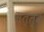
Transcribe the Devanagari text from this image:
सत्त्वें